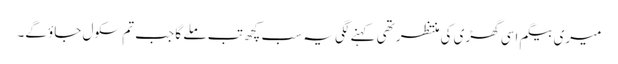
میری بیگم اسی گھڑی کی منتظر تھی کہنے لگی یہ سب کچھ تب ملے گا جب تم سکول جاؤ گے۔